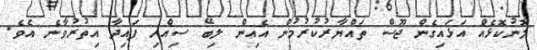
ލޮނުކޮޅެއް އަޅައިގެން ޖޫސް ތައްޔާރުކުރުމުން އެއިން ލިބޭ ސިއްހި ފައިދާ އިތުރުވާނެ އެވެ.